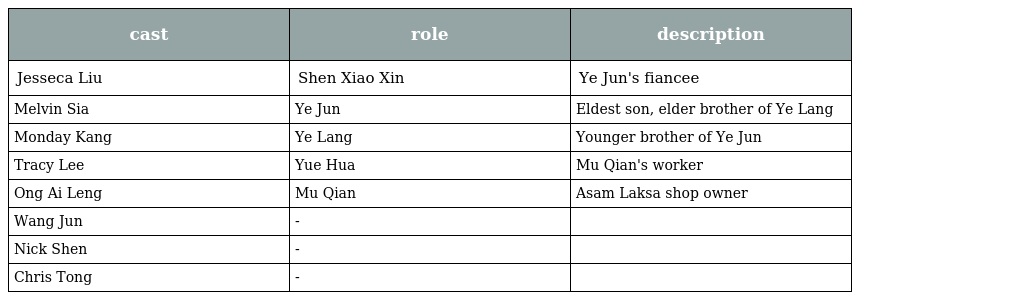
| cast | role | description |
 | --- | --- | --- |
 | Jesseca Liu | Shen Xiao Xin | Ye Jun's fiancee |
 | Melvin Sia | Ye Jun | Eldest son, elder brother of Ye Lang |
 | Monday Kang | Ye Lang | Younger brother of Ye Jun |
 | Tracy Lee | Yue Hua | Mu Qian's worker |
 | Ong Ai Leng | Mu Qian | Asam Laksa shop owner |
 | Wang Jun | - |  |
 | Nick Shen | - |  |
 | Chris Tong | - |  |